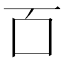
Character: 𫩑